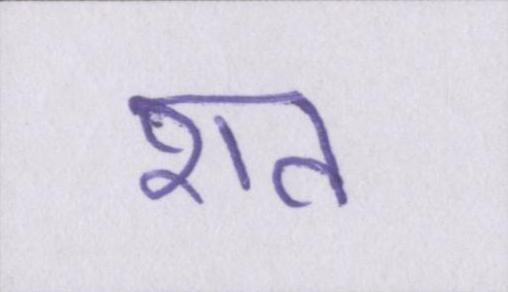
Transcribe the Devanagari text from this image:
शत